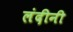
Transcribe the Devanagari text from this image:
लंदीनी